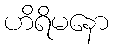
ဟိရိမနော